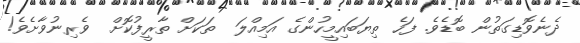
ދެނެވޮޑިގަތުން ބޮޑެވެ. ފަހެ ތިޔަބައިމީހުންގެ އަމިއްލަ  ތަކަށް ތާރީފުކޮށް  ވެރިނުވާށެވެ!